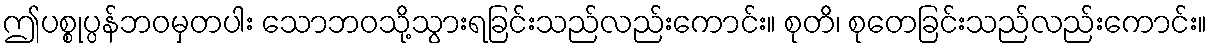
ဤပစ္စုပ္ပန်ဘဝမှတပါး သောဘဝသို့သွားရခြင်းသည်လည်းကောင်း။ စုတိ၊ စုတေခြင်းသည်လည်းကောင်း။